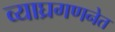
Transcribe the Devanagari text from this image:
व्याघ्रगणनेत